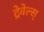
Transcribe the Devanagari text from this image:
ट्रेवेल्स्